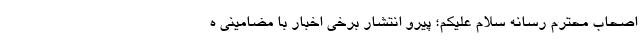
اصحاب محترم رسانه سلام علیکم؛ پیرو انتشار برخی اخبار با مضامینی ه